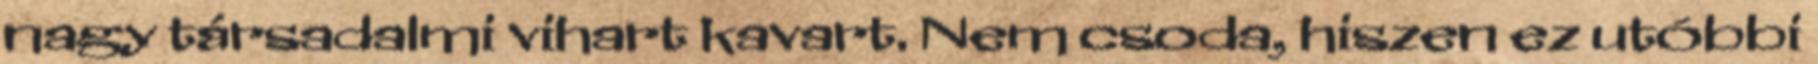
nagy társadalmi vihart kavart. Nem csoda, hiszen ez utóbbi